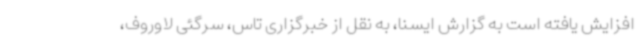
افزایش یافته است به گزارش ایسنا، به نقل از خبرگزاری تاس، سرگئی لاوروف،